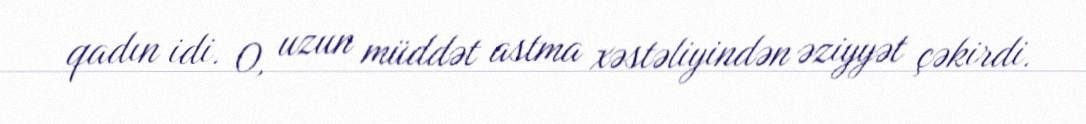
qadın idi. O, uzun müddət astma xəstəliyindən əziyyət çəkirdi.